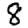
Digit: 8